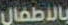
بالأطفال